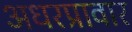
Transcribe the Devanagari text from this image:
अधरप्रावार